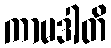
ကာမဒါတိ